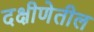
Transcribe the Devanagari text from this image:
दक्षीणेतील